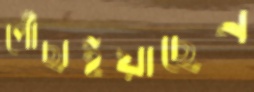
পৌঁছাইয়াছেন